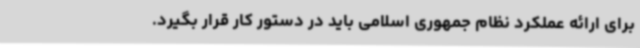
برای ارائه عملکرد نظام جمهوری اسلامی باید در دستور کار قرار بگیرد.